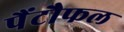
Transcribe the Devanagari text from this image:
पैंटौफल